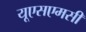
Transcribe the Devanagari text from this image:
यूएसएमसी